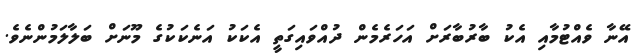
އޭނާ ވެއްޓުމާއި އެކު ބާރުބާރަށް އަހަރެމެން ދުއްވައިގަތީ އެކަކު އަނެކަކުގެ މޫނަށް ބަލާލަމުންނެވެ.